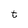
Character: t